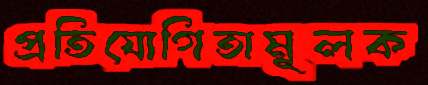
প্রতিযোগিতামূলক